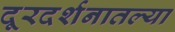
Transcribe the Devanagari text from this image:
दूरदर्शनातल्या